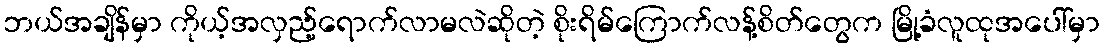
ဘယ်အချိန်မှာ ကိုယ့်အလှည့်ရောက်လာမလဲဆိုတဲ့ စိုးရိမ်ကြောက်လန့်စိတ်တွေက မြို့ခံလူထုအပေါ်မှာ